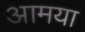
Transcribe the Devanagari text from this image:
आमया